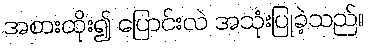
အစားထိုး၍ ပြောင်းလဲ အသုံးပြုခဲ့သည်။